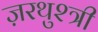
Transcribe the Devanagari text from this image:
ज़रथुश्त्री